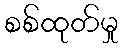
စစ်ထုတ်မှု